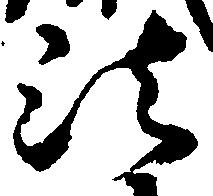
法